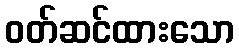
ဝတ်ဆင်ထားသော